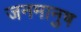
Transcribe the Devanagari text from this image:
जनमानुष